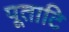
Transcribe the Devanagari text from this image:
पूताटि